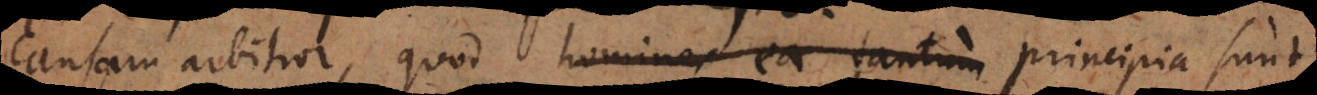
causam arbitior, quod homines ea tantum principia sunt